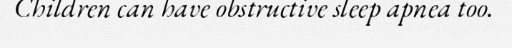
Children can have obstructive sleep apnea too.